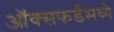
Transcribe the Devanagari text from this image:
ऑक्सफर्डमध्ये